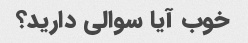
خوب آیا سوالی دارید؟